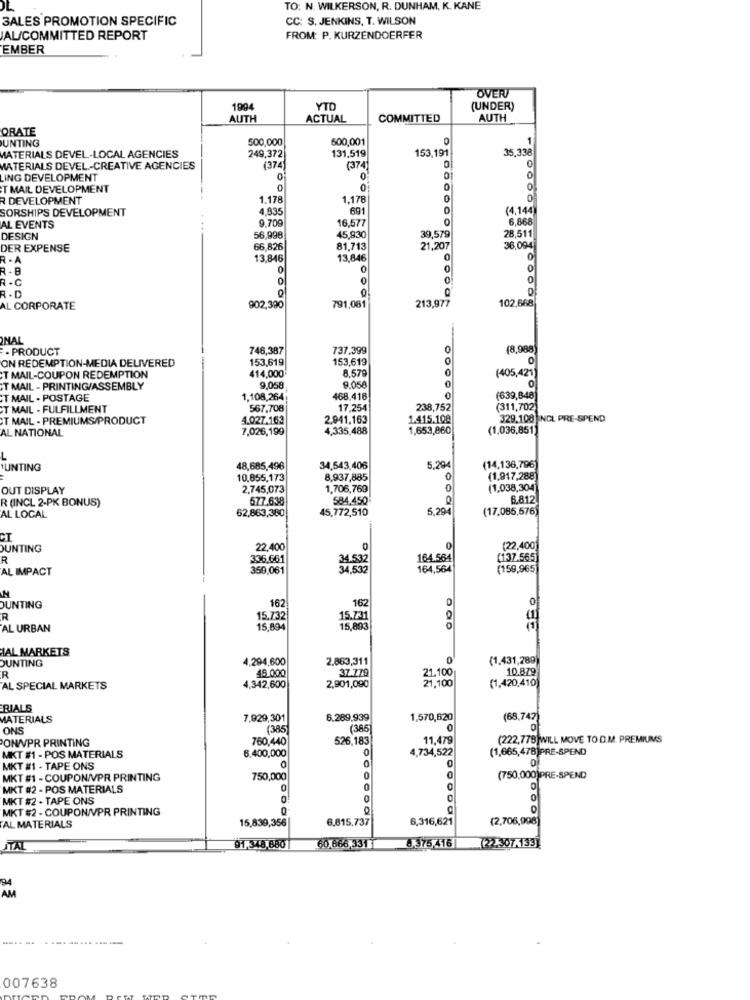
TO: N. WILKERSON, R. DUNHAM, K. KANE
SALES PROMOTION SPECIFIC
CC: S. JENKINS, T. WILSON
AL/COMMITTED REPORT
FROM: P. KURZENDOERFER
EMBER
OVER
1994
YTD
(UNDER)
AUTH
ACTUAL
COMMITTED
AUTH
ORATE
500,000
500,001
1
UNTING
131,519
153,191
35,338
MATERIALS DEVEL-LOCAL AGENCIES
249,372
MATERIALS DEVEL .- CREATIVE AGENCIES
(374
(374)
0
0
LING DEVELOPMENT
0
T MAIL DEVELOPMENT
0
o
DEVELOPMENT
1.178
1.178
0
0
SORSHIPS DEVELOPMENT
4.835
691
(4,144
9.700
16,577
6,868
AL EVENTS
DESIGN
56,998
45,830
39,579
28,511
DER EXPENSE
66,826
81,713
21,207
36.094
R - A
13,846
13,846
0
0
0
0
0
0
R.C
. D
213,977
102,668
AL CORPORATE
902,390
791,081
NAL
-
. PRODUCT
746,387
737,399
0
(8,988
153,619
153,619
0
0
ON REDEMPTION-MEDIA DELIVERED
$14,000
8.579
T MAIL-COUPON REDEMPTION
(405,421)
T MAIL - PRINTING/ASSEMBLY
9,068
9.05
0
T MAIL . POSTAGE
1,108,264
468.416
(639,848)
T MAIL . FULFILLMENT
567,708
17,254
238,752
(311,702)
OT MAIL - PREMIUMS/PRODUCT
4.027.163
2.941,163
1.415.108
329,108 NOL PRE-SPEND
AL NATIONAL
7,026,199
4,335,488
1,653,860
(1,036,851)
UNTING
48,685,496
34,543,406
5.294
(14,136,796)
10,855,173
8,937,885
0
(1,917,288
OUT DISPLAY
2,745,073
1,706,769
0
(1,038,304]
R (INCL 2-PK BONUS)
677.638
584.450
6.812
62,863,380
45,772,510
5,294
(17.085,576)
AL LOCAL
CT
UNTING
22.400
0
(22,400)
R
336.661
34.532
164.564
(137.565
AL IMPACT
359,061
34 532
164,564
(159,965]
162
162
0
UNTING
R
15.732
15.731
AL URBAN
15,894
15,893
HAL MARKETS
OUNTING
4.294,600
2.863,311
0
(1,431,289)
45.000
37.779
21.100
10.879
R
21.100
(1,420,410
AL SPECIAL MARKETS
4,342,600
2,901,090
RIALS
MATERIALS
7,929,301
6.289,939
1,570,620
(68,747)
ONS
(385
(385
PONWWVPR PRINTING
760,440
526,183
11,479
(222,778)WILL MOVE TO D.M. PREMIUMS
6.400,000
4,734,522
(1,665,478)PRE-SPEND
MKT #1 - POS MATERIALS
O
MKT #1 - TAPE ONS
O
0
MKT #1 - COUPON/VPR PRINTING
750,000
(750,000)PRE-SPEND
MKT #2 - POS MATERIALS
0
O
MKT #2 . TAPE ONS
0
0
0
MKT #2 - COUPON/VPR PRINTING
O
6.815,737
6,316,621
(2,706,998)
AL MATERIALS
15,830,356
8.375,416
STAL
91,348,680
60,666,331
(2)307.159]
94
AM
007638